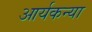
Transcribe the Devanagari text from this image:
आर्यकन्या